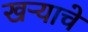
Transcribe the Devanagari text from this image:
खऱ्याचे